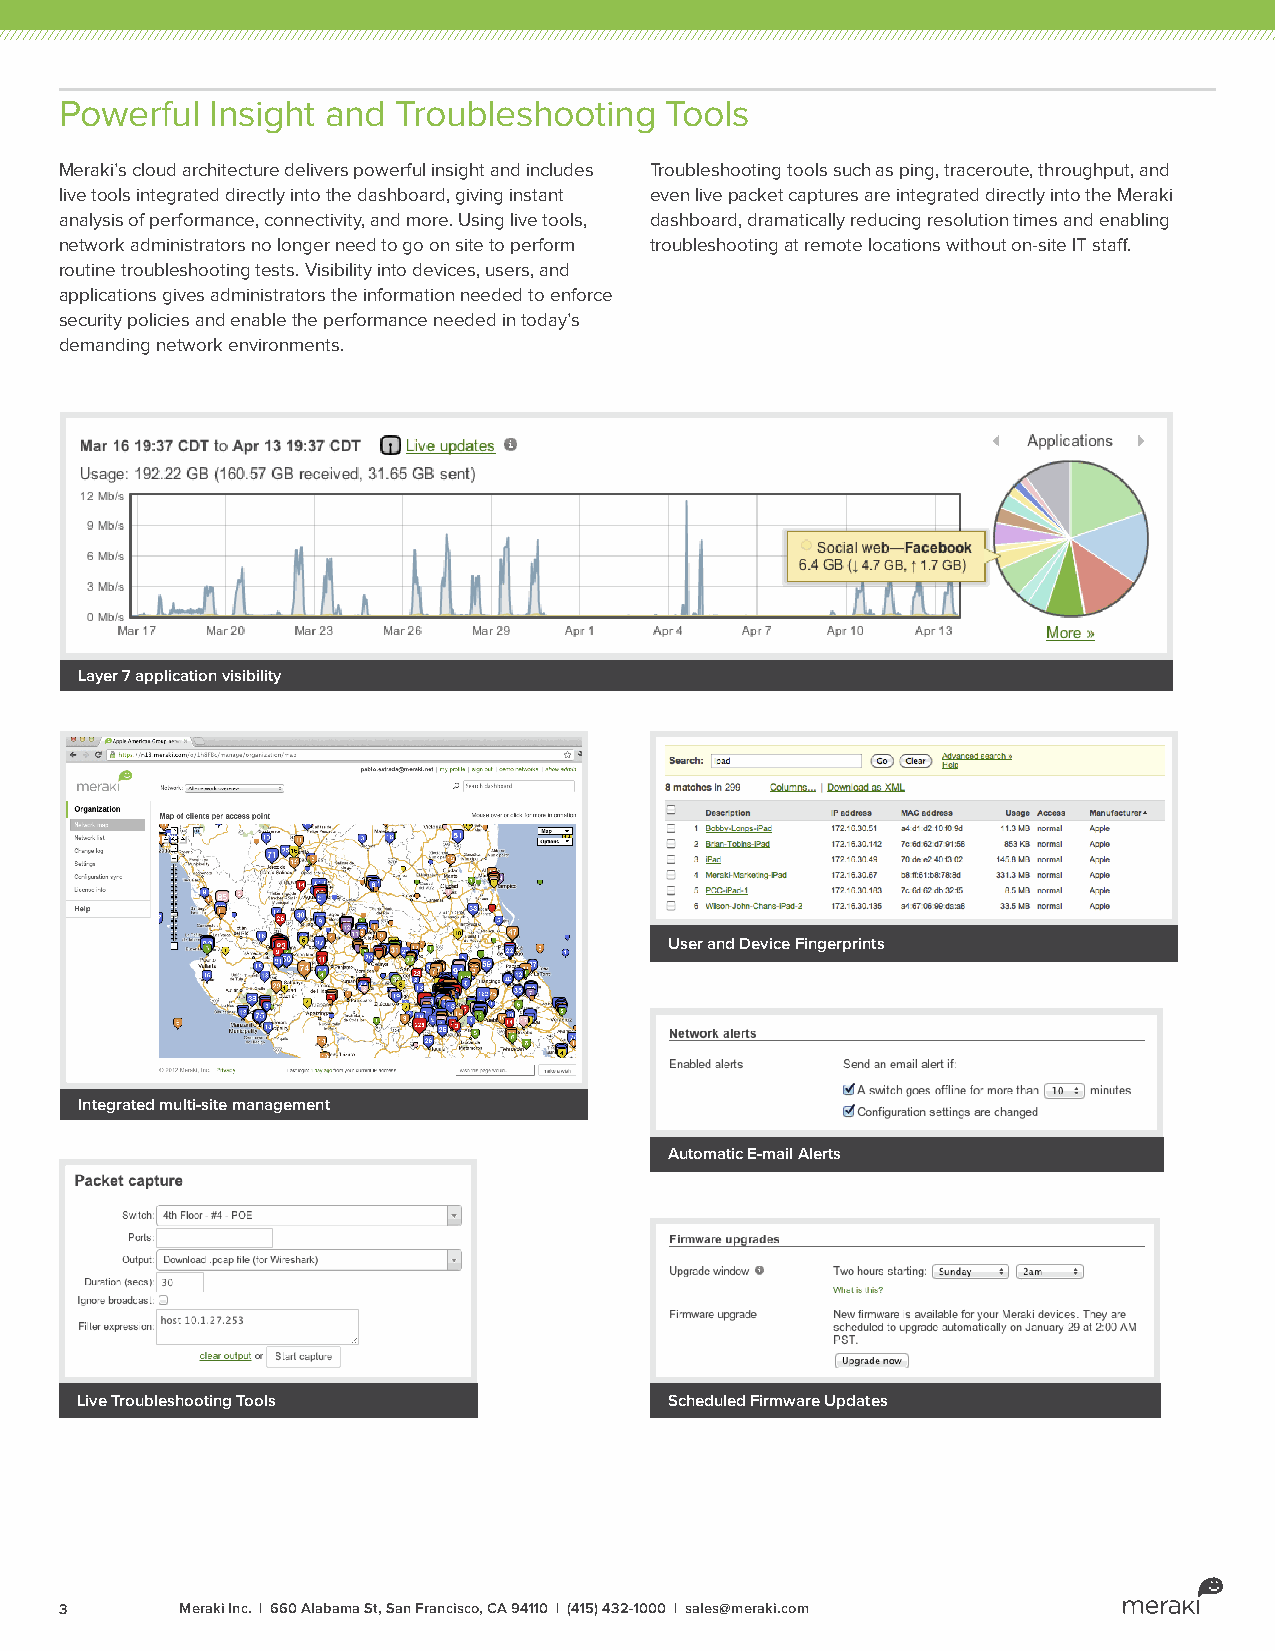
Powerful  Insight and Troubleshooting   Tools
 Meraki’s cloud architecture delivers powerful insight and includes Troubleshooting tools such as ping, traceroute, throughput, and
 live tools integrated directly into the dashboard, giving instant even live packet captures are integrated directly into the Meraki
 analysis of performance, connectivity, and more. Using live tools, dashboard, dramatically reducing resolution times and enabling
 network administrators no longer need to go on site to perform troubleshooting at remote locations without on-site IT staff.
 routine troubleshooting tests. Visibility into devices, users, and
 applications gives administrators the information needed to enforce
 security policies and enable the performance needed in today’s
 demanding network environments.
 Layer 7 application visibility
 User and Device Fingerprints
 Integrated multi-site management
 Automatic E-mail Alerts
 Live Troubleshooting Tools             Scheduled Firmware Updates
 3       Meraki Inc. | 660 Alabama St, San Francisco, CA 94110 | (415) 432-1000 | sales@meraki.com